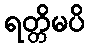
ရတ္တိမပိ